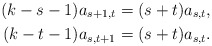
\begin{align*} (k-s-1)a_{s+1,t} & = (s+t)a_{s,t} , \\ (k-t-1)a_{s,t+1} & = (s+t)a_{s,t} . \end{align*}